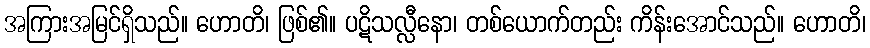
အကြားအမြင်ရှိသည်။ ဟောတိ၊ ဖြစ်၏။ ပဋိသလ္လီနော၊ တစ်ယောက်တည်း ကိန်းအောင်သည်။ ဟောတိ၊